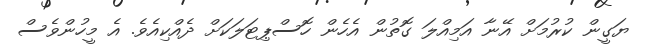
ޔަގީން ކުރުމަށް އޭނާ އަމިއްލަ ގޮތުން އެހެން ހޮސްޕިޓަލަކަށް ދެއްކިއެވެ. އެ މީހުންވެސް